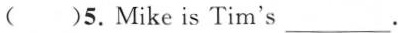
( )5. Mike is Tim's___.